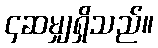
၄ဆမျှရှိသည်။